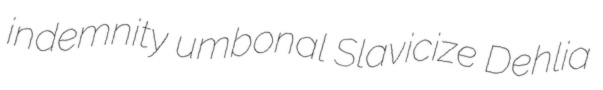
indemnity umbonal Slavicize Dehlia